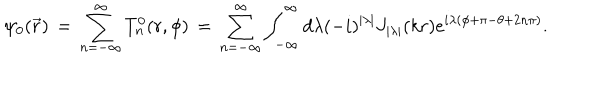
LaTeX: \psi _ { 0 } ( \vec { r } ) \, = \, \sum _ { n = - \infty } ^ { \infty } T _ { n } ^ { 0 } ( r , \phi ) \, = \, \sum _ { n = - \infty } ^ { \infty } \int _ { - \infty } ^ { \infty } d \lambda ( - i ) ^ { | \lambda | } J _ { | \lambda | } ( k r ) e ^ { i \lambda ( \phi + \pi - \theta + 2 n \pi ) } .